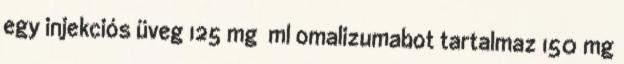
egy injekciós üveg 125 mg ml omalizumabot tartalmaz 150 mg